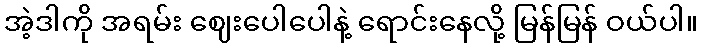
အဲ့ဒါကို အရမ်း ဈေးပေါပေါနဲ့ ရောင်းနေလို့ မြန်မြန် ဝယ်ပါ။